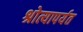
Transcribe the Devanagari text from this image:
श्रोत्यापर्यत